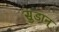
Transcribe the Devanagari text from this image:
सुडान्